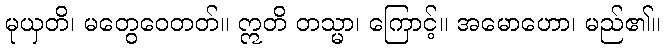
မုယှတိ၊ မတွေဝေတတ်။ ဣတိ တသ္မာ၊ ကြောင့်။ အမောဟော၊ မည်၏။